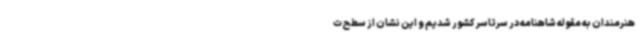
هنرمندان به مقوله شاهنامه در سرتاسر کشور شدیم و این نشان از سطح ت